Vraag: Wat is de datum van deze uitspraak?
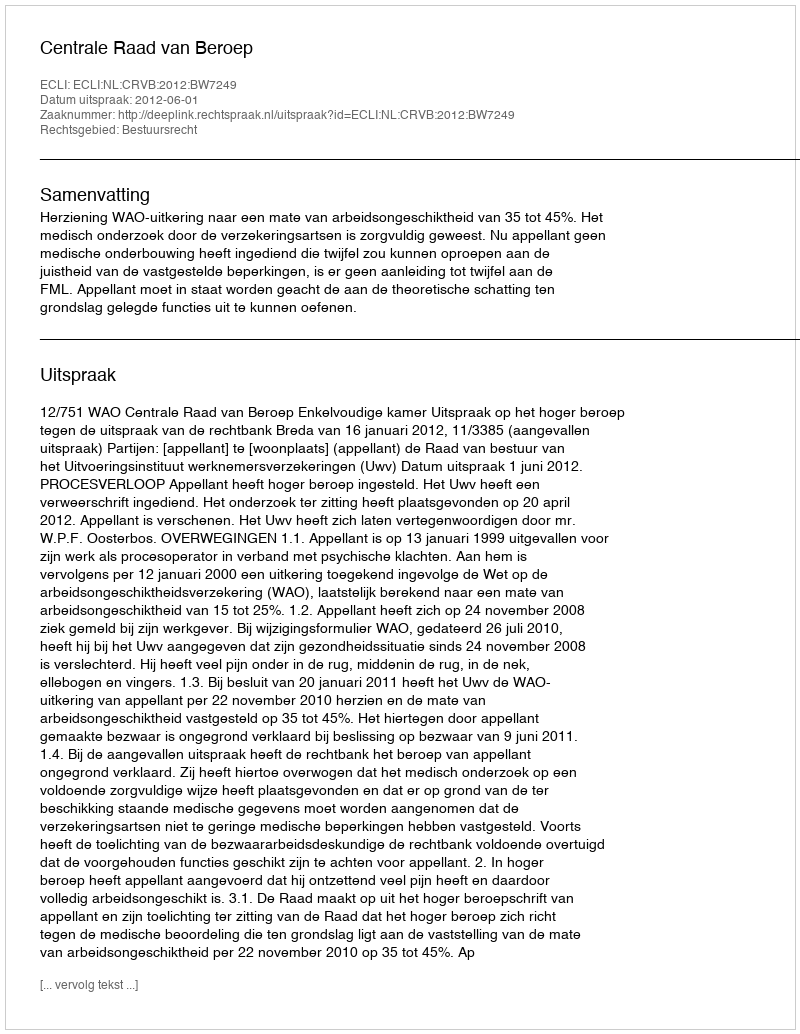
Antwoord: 2012-06-01